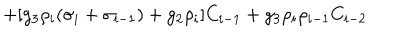
+ [ g _ { 3 } \rho _ { i } ( \sigma _ { i } + \sigma _ { i - 1 } ) + g _ { 2 } \rho _ { i } ] C _ { i - 1 } + g _ { 3 } \rho _ { i } \rho _ { i - 1 } C _ { i - 2 }